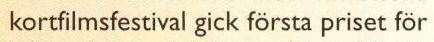
kortfilmsfestival gick första priset för